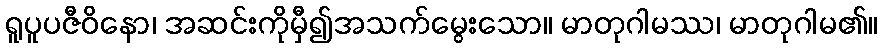
ရူပူပဇီဝိနော၊ အဆင်းကိုမှီ၍အသက်မွေးသော။ မာတုဂါမဿ၊ မာတုဂါမ၏။